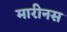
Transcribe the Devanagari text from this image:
मारीनस